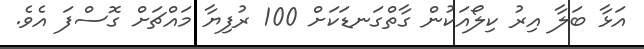
އަޅާ ބަލާ އިރު ކިލޯއަކުން ގާތްގަނޑަކަށް 100 ރުފިޔާ މައްޗަށް ގޮސްފަ އެވެ.